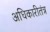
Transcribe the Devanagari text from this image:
अधिकारीतंत्र